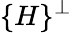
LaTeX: \{ H\} ^{\perp}